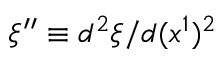
\xi ^ { \prime \prime } \equiv d ^ { 2 } \xi / d ( x ^ { 1 } ) ^ { 2 }